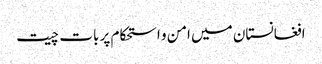
افغانستان میں امن و استحکام پر بات چیت